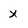
Character: x